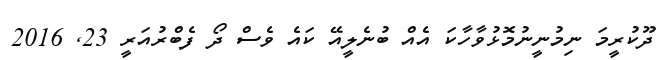
ދޫކުރީމަ ނިމުނީނުމޮޅުވާހާކަ އެއް ބުނެލީއޭ ކައެ ވެސް ދޯ ފެބްރުއަރީ 23